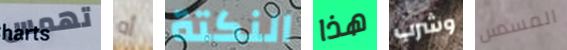
تهمس أه النكتة هذا وشرب المسدس